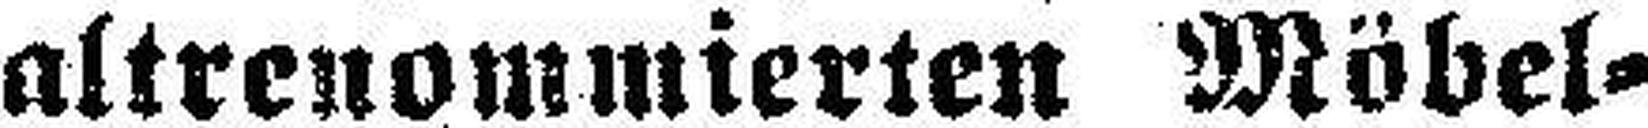
altrenommierten Möbel¬